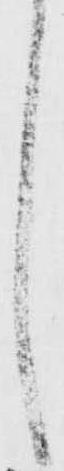
し